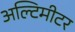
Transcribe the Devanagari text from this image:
अल्टिमीटर